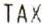
TAX